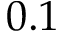
0 . 1